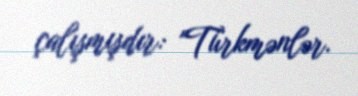
çalışmışdır: "Türkmənlər.